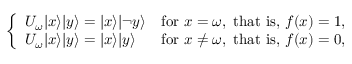
\left\{ \begin{array} { l l } { U _ { \omega } | x \rangle | y \rangle = | x \rangle | \neg y \rangle } & { { \mathrm { f o r ~ } } x = \omega { \mathrm { , ~ t h a t ~ i s , ~ } } f ( x ) = 1 , } \\ { U _ { \omega } | x \rangle | y \rangle = | x \rangle | y \rangle } & { { \mathrm { f o r ~ } } x \neq \omega { \mathrm { , ~ t h a t ~ i s , ~ } } f ( x ) = 0 , } \end{array} \right.